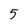
Character: 5